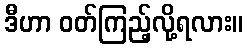
ဒီဟာ ဝတ်ကြည့်လို့ရလား။